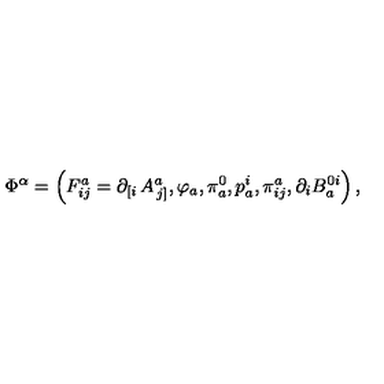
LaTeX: \Phi ^ { \alpha } = \left( F _ { i j } ^ { a } = \partial _ { \left[ i \right. } A _ { \left. j \right] } ^ { a } , \varphi _ { a } , \pi _ { a } ^ { 0 } , p _ { a } ^ { i } , \pi _ { i j } ^ { a } , \partial _ { i } B _ { a } ^ { 0 i } \right) ,